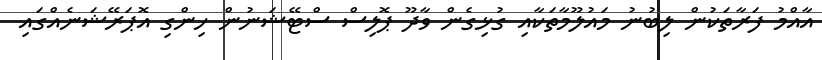
އާއްމު ފަރާތަކުން ލިބުނު މައުލޫމާތަކާއި ގުޅިގެން ވާދޫ ޕޮލިސް ސްޓޭޝަނުން ހިންގި އޮޕަރޭޝަނެއްގައި